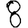
Digit: 8